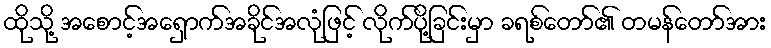
ထိုသို့ အစောင့်အရှောက်အခိုင်အလုံဖြင့် လိုက်ပို့ခြင်းမှာ ခရစ်တော်၏ တမန်တော်အား